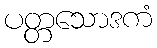
ပတ္တသောဒကံ